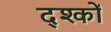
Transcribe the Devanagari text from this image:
द्श्कों